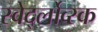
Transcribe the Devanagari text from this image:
स्वेर्द्लोव्स्क